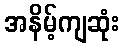
အနိမ့်ကျဆုံး